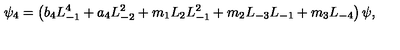
\psi _ { 4 } = \left( b _ { 4 } L _ { - 1 } ^ { 4 } + a _ { 4 } L _ { - 2 } ^ { 2 } + m _ { 1 } L _ { 2 } L _ { - 1 } ^ { 2 } + m _ { 2 } L _ { - 3 } L _ { - 1 } + m _ { 3 } L _ { - 4 } \right) \psi ,